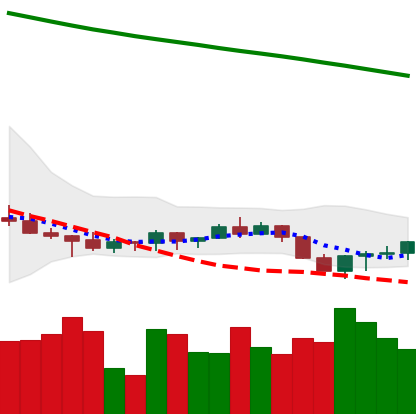
Ticker: ADA-USD
Chart end date: 2022-07-16
Forward return: 9.376%
Label: up_7plus